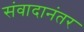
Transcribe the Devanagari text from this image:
संवादानंतर